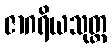
ဇာဂရိယသုတ္တ